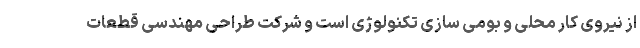
از نیروی کار محلی و بومی سازی تکنولوژی است و شرکت طراحی مهندسی قطعات